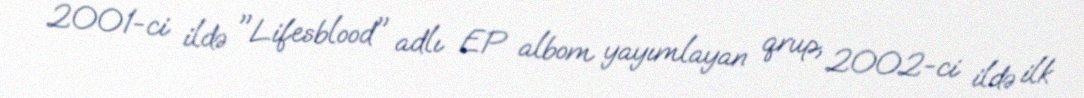
2001-ci ildə "Lifesblood" adlı EP albom yayımlayan qrup, 2002-ci ildə ilk